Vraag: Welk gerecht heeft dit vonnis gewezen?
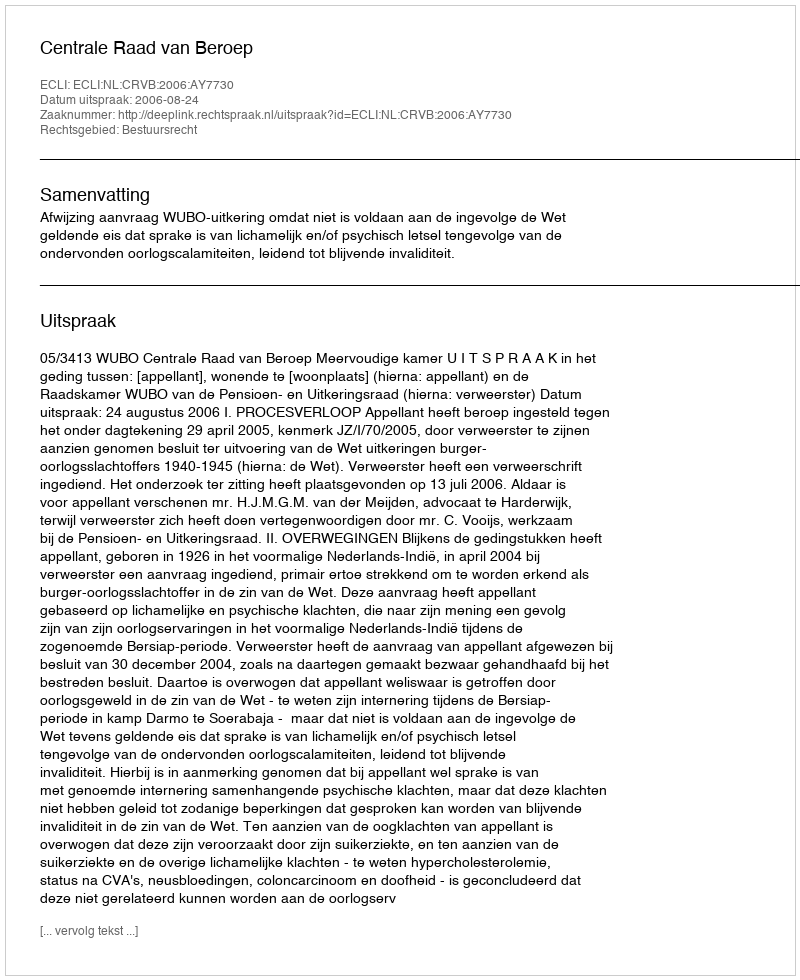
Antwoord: Centrale Raad van Beroep